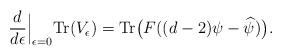
LaTeX: \begin{align*}\frac{d}{d\epsilon}\Big|_{\epsilon=0}\mathrm{Tr}(V_{\epsilon})=\mathrm{Tr}\big(F((d-2)\psi-\widehat{\psi})\big).\end{align*}